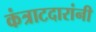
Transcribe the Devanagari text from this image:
कंत्राटदारांनी